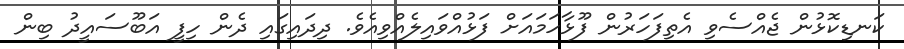
ކަނޑިކޮޅުން ޖެއްސެވި އެތިފަހަރުން ފޫޅާހަމައަށް ފަޅުއްވައިލެއްވިއެވެ. ދިދައިގައި ދެން ހިފީ އަބޫސައީދު ބިން